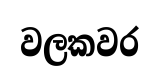
වලකවර